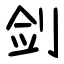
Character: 剑